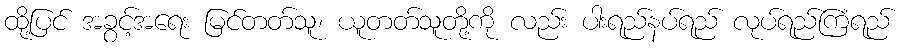
ထို့ပြင် အခွင့်အရေး မြင်တတ်သူ၊ ယူတတ်သူတို့ကို လည်း ပါးရည်နပ်ရည် လုပ်ရည်ကြံရည်